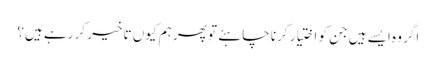
اگر وہ ایسے ہیں جن کو اختیار کرنا چاہئے تو پھر ہم کیوں تاخیر کر رہے ہیں؟